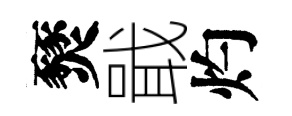
燹戢灼